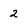
Character: 2